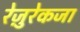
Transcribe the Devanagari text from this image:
रेज़ुरेकजा